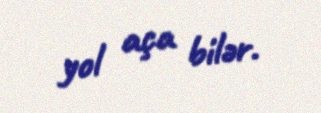
yol aça bilər.